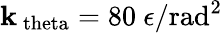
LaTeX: \mathbf{k}_{\mathrm{{\ theta}}}=80~\epsilon/\mathrm{{rad}}^{2}